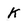
Character: K